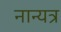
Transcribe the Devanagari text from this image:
नान्यत्र